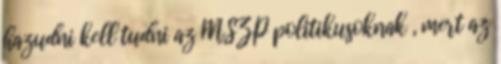
hazudni kell tudni az MSZP politikusoknak , mert az